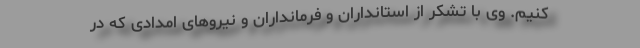
کنیم. وی با تشکر از استانداران و فرمانداران و نیروهای امدادی که در